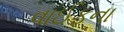
વાઈફના